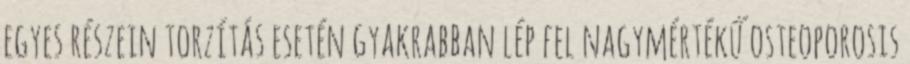
egyes részein torzítás esetén gyakrabban lép fel nagymértékű osteoporosis